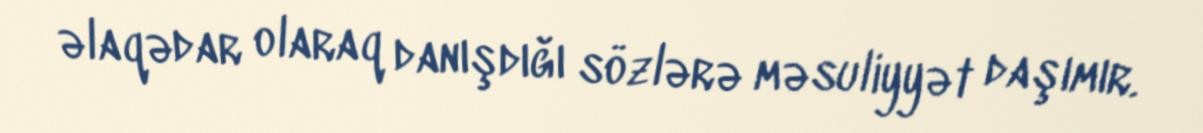
əlaqədar olaraq danışdığı sözlərə məsuliyyət daşımır.